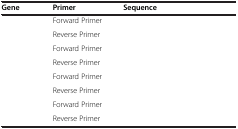
<table><thead><tr><td><b>Gene</b></td><td><b>Primer</b></td><td><b>Sequence</b></td></tr></thead><tbody><tr><td>[EMPTY_CELL]</td><td>Forward Primer</td><td>[EMPTY_CELL]</td></tr><tr><td>[EMPTY_CELL]</td><td>Reverse Primer</td><td>[EMPTY_CELL]</td></tr><tr><td>[EMPTY_CELL]</td><td>Forward Primer</td><td>[EMPTY_CELL]</td></tr><tr><td>[EMPTY_CELL]</td><td>Reverse Primer</td><td>[EMPTY_CELL]</td></tr><tr><td>[EMPTY_CELL]</td><td>Forward Primer</td><td>[EMPTY_CELL]</td></tr><tr><td>[EMPTY_CELL]</td><td>Reverse Primer</td><td>[EMPTY_CELL]</td></tr><tr><td>[EMPTY_CELL]</td><td>Forward Primer</td><td>[EMPTY_CELL]</td></tr><tr><td>[EMPTY_CELL]</td><td>Reverse Primer</td><td>[EMPTY_CELL]</td></tr></tbody></table>